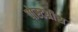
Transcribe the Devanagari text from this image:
पोस्टग्रीस